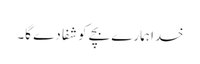
خدا ہمارے بچے کو شفا دے گا۔